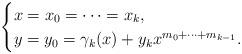
LaTeX: \begin{align*}\begin{cases}x=x_0=\dots=x_{k},\\y =y_0 = \gamma_k(x)+y_kx^{m_0+\dots+m_{k-1}}.\end{cases}\end{align*}